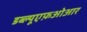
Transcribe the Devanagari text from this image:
डब्ल्यूएफ़ओआर